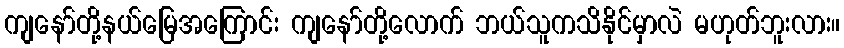
ကျနော်တို့နယ်မြေအကြောင်း ကျနော်တို့လောက် ဘယ်သူကသိနိုင်မှာလဲ မဟုတ်ဘူးလား။